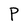
Character: P